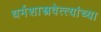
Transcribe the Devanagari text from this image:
धर्मशास्त्रवेत्त्यांच्या